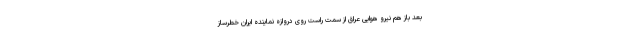
بعد باز هم نیرو هوایی عراق از سمت راست روی دروازه نماینده ایران خطرساز